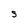
Character: S